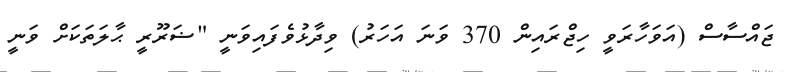
ޖައްސާސް (އަވަހާރަވީ ހިޖްރައިން 370 ވަނަ އަހަރު) ވިދާޅުވެފައިވަނީ "ޟަރޫރީ ޙާލަތަކަށް ވަނީ